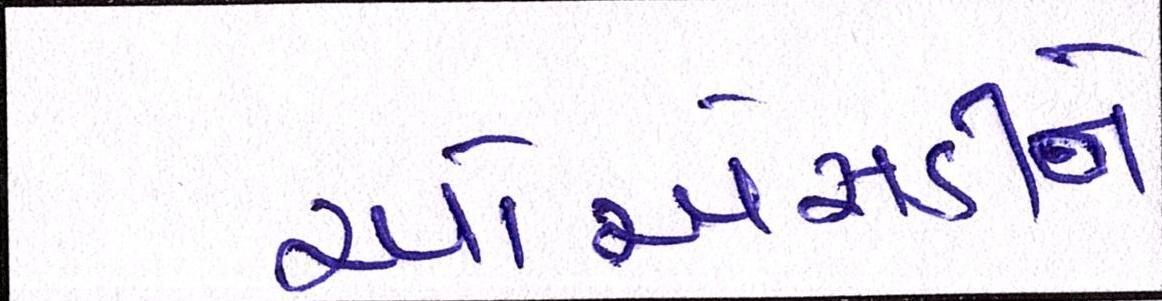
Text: ઓએસડીને